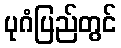
ပုဂံပြည်တွင်